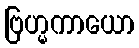
ဗြဟ္မကာယော